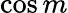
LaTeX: \cos m